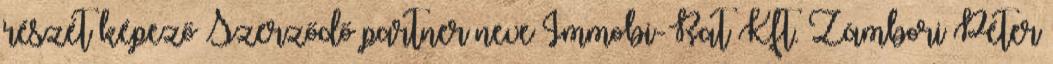
részét képező Szerződő partner neve Immobi-Rat Kft. Zámbori Péter